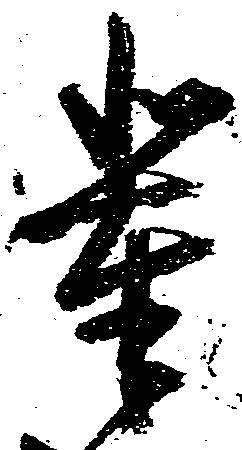
輩